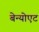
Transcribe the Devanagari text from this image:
बेन्योएट